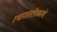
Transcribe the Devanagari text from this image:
स्थानांतरीतकरणे